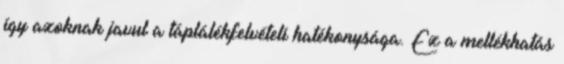
így azoknak javul a táplálékfelvételi hatékonysága. Ez a mellékhatás